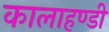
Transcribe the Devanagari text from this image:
कालाहण्डी